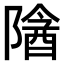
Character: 𬯖